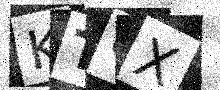
Text: KTUX